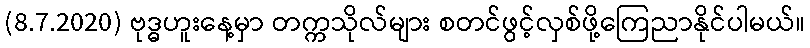
(8.7.2020) ဗုဒ္ဓဟူးနေ့မှာ တက္ကသိုလ်များ စတင်ဖွင့်လှစ်ဖို့ကြေညာနိုင်ပါမယ်။